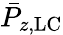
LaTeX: \bar{P}_{z,\mathrm{LC}}